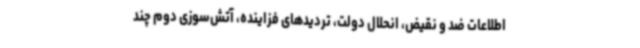
اطلاعات ضد و نقیض، انحلال دولت، تردیدهای فزاینده، آتش‌سوزی دوم چند